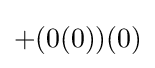
+(0(0))(0)